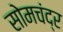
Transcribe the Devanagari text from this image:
सोमचंद्र